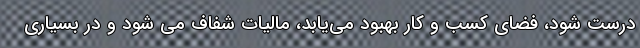
درست شود، فضای کسب و کار بهبود می‌یابد، مالیات شفاف می شود و در بسیاری